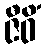
ဇီဝိံ